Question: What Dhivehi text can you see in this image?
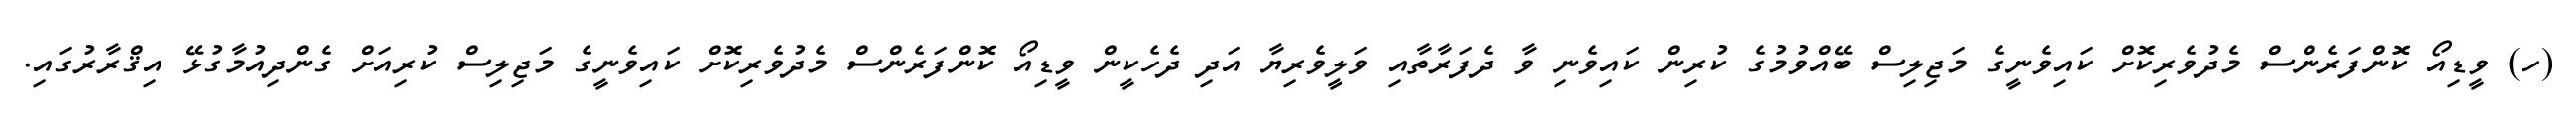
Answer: (ހ) ވީޑިއޯ ކޮންފަރެންސް މެދުވެރިކޮށް ކައިވެނީގެ މަޖިލިސް ބޭއްވުމުގެ ކުރިން ކައިވެނި ވާ ދެފަރާތާއި ވަލީވެރިޔާ އަދި ދެހެކީން ވީޑިއޯ ކޮންފަރެންސް މެދުވެރިކޮށް ކައިވެނީގެ މަޖިލިސް ކުރިއަށް ގެންދިއުމާގުޅޭ އިޤްރާރުގައި.